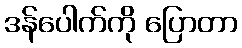
ဒန်ပေါက်ကို ပြောတာ